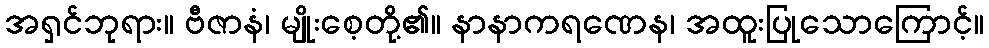
အရှင်ဘုရား။ ဗီဇာနံ၊ မျိုးစေ့တို့၏။ နာနာကရဏေန၊ အထူးပြုသောကြောင့်။